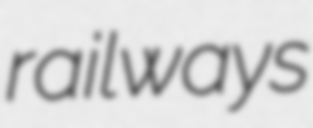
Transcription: railways